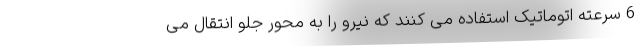
6 سرعته اتوماتیک استفاده می کنند که نیرو را به محور جلو انتقال می